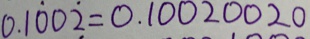
0 . 1 \dot { 0 } 0 \dot { 2 } = 0 . 1 0 0 2 0 0 2 0